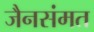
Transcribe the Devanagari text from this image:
जैनसंमत